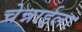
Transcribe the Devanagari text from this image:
चेन्नाईला